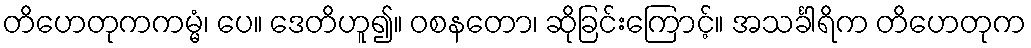
တိဟေတုကကမ္မံ၊ ပေ။ ဒေတိဟူ၍။ ဝစနတော၊ ဆိုခြင်းကြောင့်။ အသင်္ခါရိက တိဟေတုက